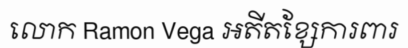
លោក Ramon Vega អតីតខ្សែការពារ